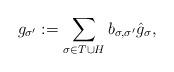
LaTeX: \begin{align*}g_{\sigma'} :=\sum_{\sigma \in T \cup H} b_{\sigma,\sigma'} \hat{g}_\sigma ,\end{align*}